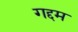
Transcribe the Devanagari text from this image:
गद्दम